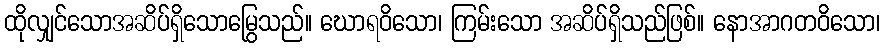
ထိုလျှင်သောအဆိပ်ရှိသောမြွေသည်။ ဃောရဝိသော၊ ကြမ်းသော အဆိပ်ရှိသည်ဖြစ်။ နောအာဂတဝိသော၊